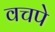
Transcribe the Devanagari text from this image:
वचपे